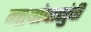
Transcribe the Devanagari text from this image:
गावांपासुंची